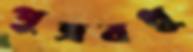
পুত্রবধূ